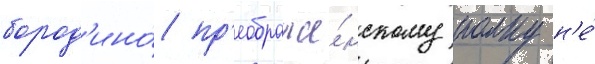
бород'ино́ пр'еображе́нскому полку н'е́